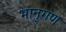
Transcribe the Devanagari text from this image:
भानुगण